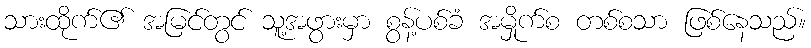
သားထိုက်၏ အမြင်တွင် သူ့အဖွားမှာ စွန့်ပစ်ခံ အမှိုက်စ တစ်စသာ ဖြစ်နေသည်။